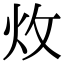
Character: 炇